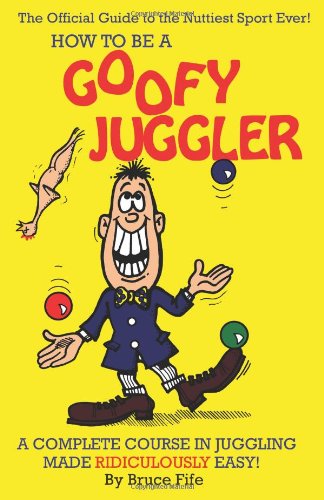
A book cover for How To Be A Goofy Juggler: A Complete Course In Juggling Made Ridiculously Easy!; Bruce Fife; Sports & Outdoors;